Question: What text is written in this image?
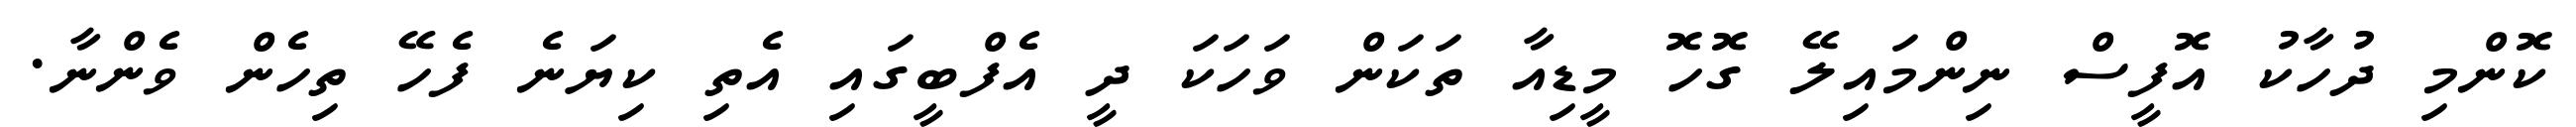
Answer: ކޮންމި ދުހާކު އޮފީސް ނިންމައިލޭ ގޮހޮ މީޑިއާ ތަކަން ވަހަކަ ދީ އެފްބީގައި އެތި ކިޔަނެ ފެހޭ ތިހެން ވެންނާ.